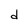
Character: d